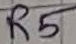
Text: R5